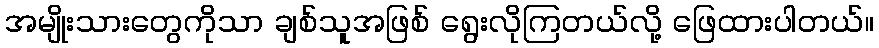
အမျိုးသားတွေကိုသာ ချစ်သူအဖြစ် ရွေးလိုကြတယ်လို့ ဖြေထားပါတယ်။